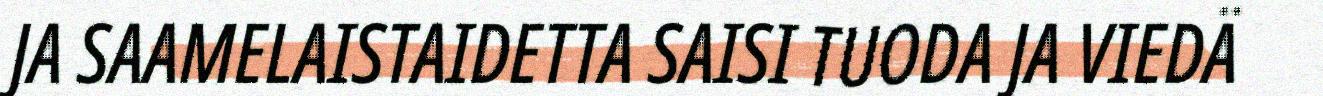
JA SAAMELAISTAIDETTA SAISI TUODA JA VIEDÄ